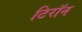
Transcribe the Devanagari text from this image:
टिरॉन